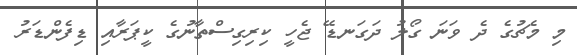
މި މެޗުގެ ދެ ވަނަ ގޯލު ދަގަނޑޭ ޖެހީ ކިރިގިސްތާނުގެ ކީޕަރާއި ޑިފެންޑަރު